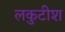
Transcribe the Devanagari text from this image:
लकुटीश